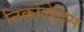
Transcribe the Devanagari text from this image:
निकोलेदिस